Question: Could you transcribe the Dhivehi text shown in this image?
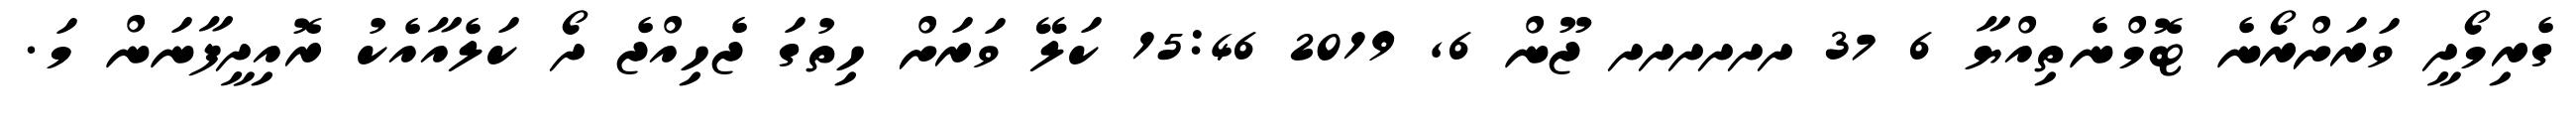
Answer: ގެރިމޯދީ ވަރަށްރޯނެ ޓޮމްނެތިއްޔާ 6 37 ދދދދދދ ޖޫން 6, 2019 15:46 ކަލޭ ވަރަށް ހިތުގަ ޖެހިއްޖެ ދޯ ކަލެއާއެކު ރޮއިދީފާނަން މަ.